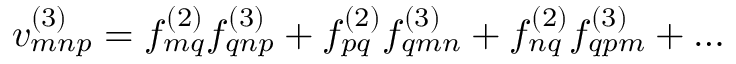
v _ { m n p } ^ { ( 3 ) } = f _ { m q } ^ { ( 2 ) } f _ { q n p } ^ { ( 3 ) } + f _ { p q } ^ { ( 2 ) } f _ { q m n } ^ { ( 3 ) } + f _ { n q } ^ { ( 2 ) } f _ { q p m } ^ { ( 3 ) } + \ldots